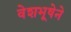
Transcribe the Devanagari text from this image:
वेशभूषेने